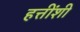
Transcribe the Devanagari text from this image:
हत्तींशी